Indian journal of veterinary science and animal husbandry - Volumes 15-17, 1948-1951
Year: 1948
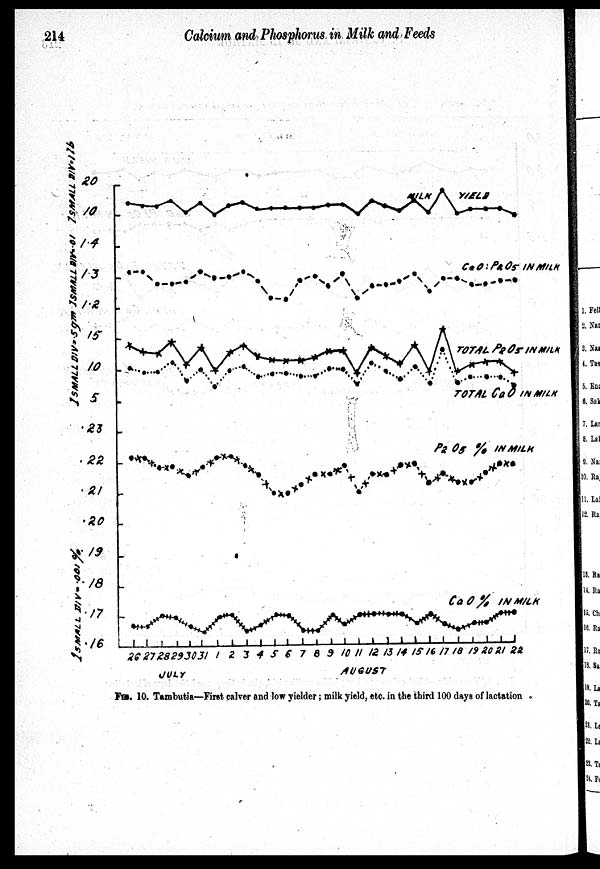
214
Calcium and Phosphorus in Milk and Feeds
FIG. 10. Tambutia—First calver and low yielder; milk yield, etc. in the third 100 days of lactation